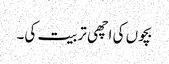
بچوں کی اچھی تربیت کی۔